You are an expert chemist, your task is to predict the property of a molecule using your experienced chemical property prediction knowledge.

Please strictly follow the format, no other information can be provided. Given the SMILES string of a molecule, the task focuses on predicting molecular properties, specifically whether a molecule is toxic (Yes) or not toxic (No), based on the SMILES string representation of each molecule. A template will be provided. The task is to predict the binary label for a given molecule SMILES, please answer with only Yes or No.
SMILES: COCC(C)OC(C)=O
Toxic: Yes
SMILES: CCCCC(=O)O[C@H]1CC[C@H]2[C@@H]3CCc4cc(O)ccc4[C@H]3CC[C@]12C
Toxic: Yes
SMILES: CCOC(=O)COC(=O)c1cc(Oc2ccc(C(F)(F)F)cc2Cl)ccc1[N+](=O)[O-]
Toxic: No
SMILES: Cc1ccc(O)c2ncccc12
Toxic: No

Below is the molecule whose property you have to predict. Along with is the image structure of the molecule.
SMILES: CN1CCN(CCC=C2c3ccccc3Sc3ccc(S(=O)(=O)N(C)C)cc32)CC1
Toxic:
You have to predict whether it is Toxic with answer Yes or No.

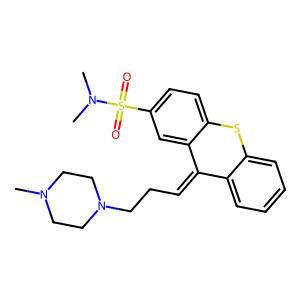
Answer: No